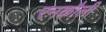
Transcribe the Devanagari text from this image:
रनकौली